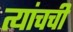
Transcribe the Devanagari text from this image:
त्यांचची